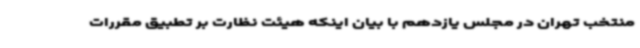
منتخب تهران در مجلس یازدهم با بیان اینکه هیئت نظارت بر تطبیق مقررات